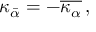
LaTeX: \kappa _ { \bar { \alpha } } = - \overline { { { \kappa _ { \alpha } } } } \, ,